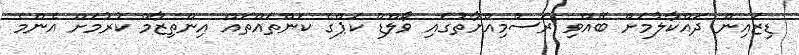
ޑިޒައިން ދައްކާލުމަށް ބޭއްވި ރަސްމިއްޔާތުގައި ވޯލްޑް ކަޕްގެ ކަންތައްތައް އިންތިޒާމް ކުރުމަށް އެންމެ